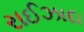
રાઈઝાદા